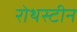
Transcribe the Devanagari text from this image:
रोथस्टीन